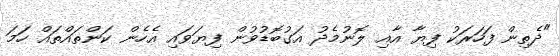
"ދެތިން ފަހަރަކު ފިޔާ އާއި ލޮނުމެދު އަގުބޮޑުވުން ފިޔަވައި އެހެން ކަންތައްތައް ހަމަ